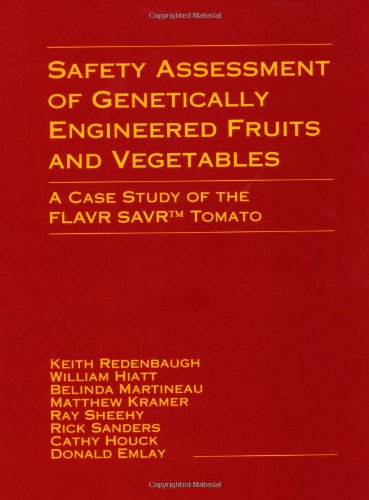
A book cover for Safety Assessment of Genetically Engineered Fruits and Vegetables: A Case Study of the Flavr Savr Tomato; Keith Redenbaugh; Health, Fitness & Dieting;